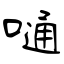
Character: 嗵